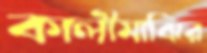
কালীমাঝির